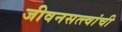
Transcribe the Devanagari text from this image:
जीवनसत्त्वांची